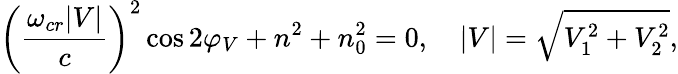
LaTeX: \bigg(\frac{\omega_{cr}|V|}{c}\bigg)^{2}\cos{2\varphi_{V}}+n^{2}+n_{0}^{2}=0,\ \ \ \ |V|=\sqrt{V_{1}^{2}+V_{2}^{2}},